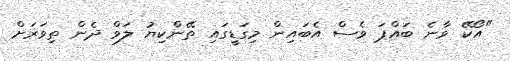
"އޯކޭ ވާނެ ބައްޕަ ވެސް އެބައިން މިގަޑީގައި ތޭންކިޔު ލަވް ދެން ތިވަރަށް